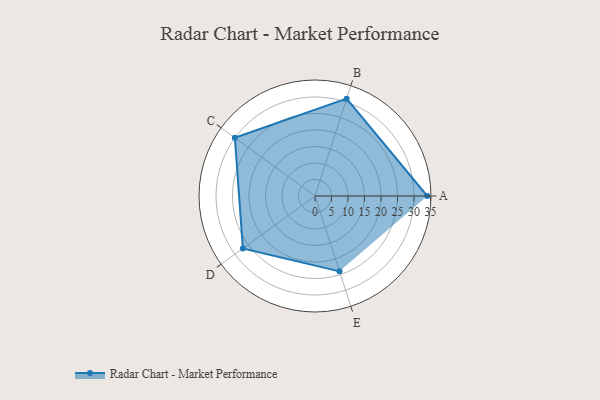
{"axis": {"x": "Skill", "y": "Score"}, "legend": ["Profile"], "data": [{"x": "A", "y": 34.0, "type": "Profile"}, {"x": "B", "y": 31.0, "type": "Profile"}, {"x": "C", "y": 30.0, "type": "Profile"}, {"x": "D", "y": 27.0, "type": "Profile"}, {"x": "E", "y": 24.0, "type": "Profile"}]}